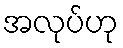
အလုပ်ဟု